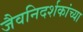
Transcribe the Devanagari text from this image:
जैवनिदर्शकांच्या